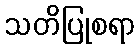
သတိပြုစရာ